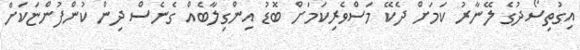
އިގުތިސޯދުގެ ލޭނާރު ކަމަށް ދެކޭ މަސްވެރިކަމަށް ބޮޑު އިންގިލާބެއް ގެނެސް ދިން ކުންފުންޏަކަށް